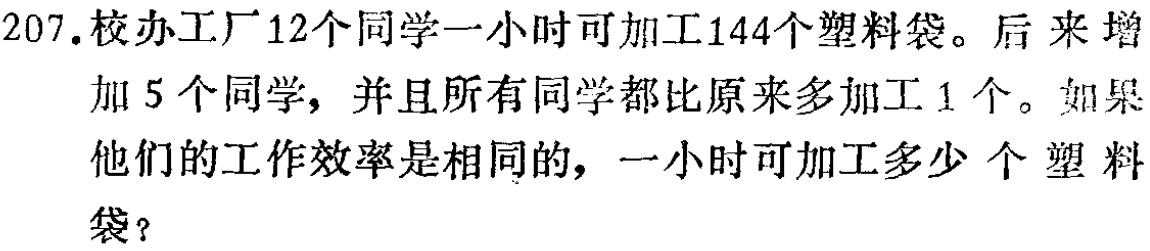
207.校办工厂12个同学一小时可加工144个塑料袋。后来增加5个同学，并且所有同学都比原来多加工1个。如果他们的工作效率是相同的，一小时可加工多少 个塑料袋？